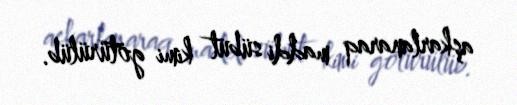
aşkarlanaraq maddi sübut kimi götürülüb.